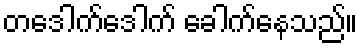
တဒေါက်ဒေါက် ခေါက်နေသည်။